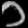
Digit: ၁